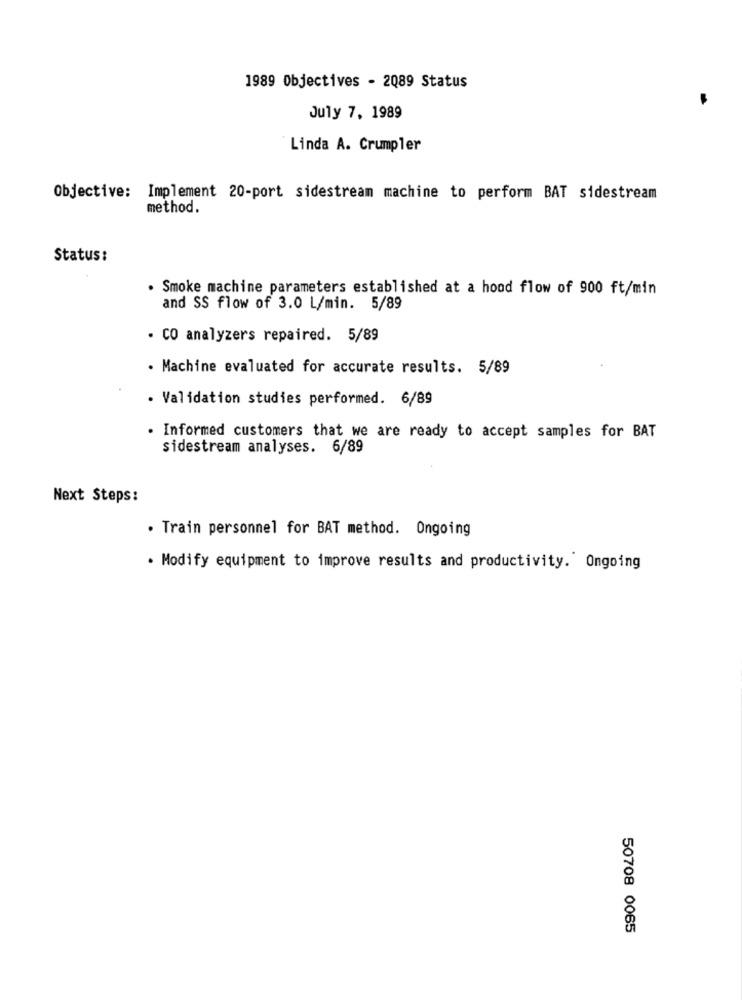
1989 Objectives - 2089 Status
July 7, 1989
Linda A. Crumpler
Objective: Implement 20-port sidestream machine to perform BAT sidestream
method.
Status:
. Smoke machine parameters established at a hood flow of 900 ft/min
and SS flow of 3.0 L/min. 5/89
· CO analyzers repaired. 5/89
· Machine evaluated for accurate results. 5/89
· Validation studies performed. 6/89
. Informed customers that we are ready to accept samples for BAT
sidestream analyses. 6/89
Next Steps:
. Train personnel for BAT method. Ongoing
. Modify equipment to improve results and productivity. Ongoing
50708 0065